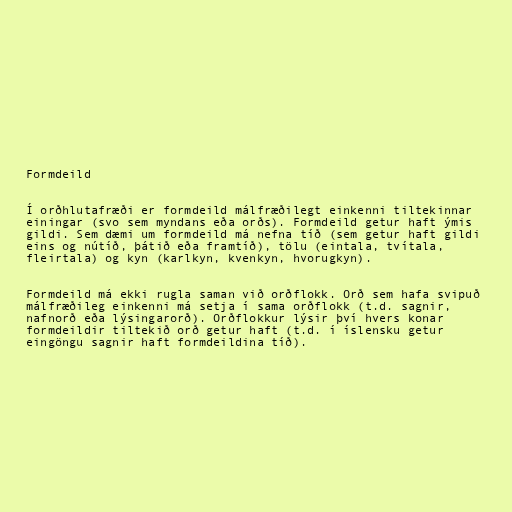
Formdeild

Í orðhlutafræði er formdeild málfræðilegt einkenni tiltekinnar
einingar (svo sem myndans eða orðs). Formdeild getur haft ýmis
gildi. Sem dæmi um formdeild má nefna tíð (sem getur haft gildi
eins og nútíð, þátið eða framtíð), tölu (eintala, tvítala,
fleirtala) og kyn (karlkyn, kvenkyn, hvorugkyn).

Formdeild má ekki rugla saman við orðflokk. Orð sem hafa svipuð
málfræðileg einkenni má setja í sama orðflokk (t.d. sagnir,
nafnorð eða lýsingarorð). Orðflokkur lýsir því hvers konar
formdeildir tiltekið orð getur haft (t.d. í íslensku getur
eingöngu sagnir haft formdeildina tíð).